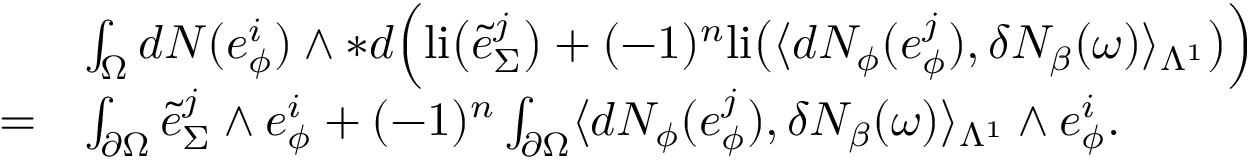
\begin{array} { r l } & { \int _ { \Omega } d N ( e _ { \phi } ^ { i } ) \wedge \ast d \Big ( \mathrm { l i } \big ( \tilde { e } _ { \Sigma } ^ { j } \big ) + ( - 1 ) ^ { n } \mathrm { l i } \big ( \langle d N _ { \phi } ( e _ { \phi } ^ { j } ) , \delta N _ { \beta } ( \omega ) \rangle _ { \Lambda ^ { 1 } } \big ) \Big ) } \\ { = } & { \int _ { \partial \Omega } \tilde { e } _ { \Sigma } ^ { j } \wedge e _ { \phi } ^ { i } + ( - 1 ) ^ { n } \int _ { \partial \Omega } \langle d N _ { \phi } ( e _ { \phi } ^ { j } ) , \delta N _ { \beta } ( \omega ) \rangle _ { \Lambda ^ { 1 } } \wedge e _ { \phi } ^ { i } . } \end{array}